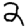
Digit: 2